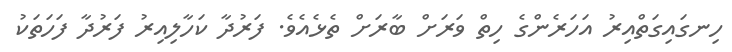
ހިނގައިގަތްއިރު އަހަރެންގެ ހިތް ވަރަށް ބާރަށް ތެޅެއެވެ. ފަރުދާ ކަހާލިއިރު ފަރުދާ ފަހަތަކު